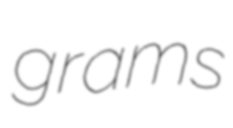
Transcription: grams